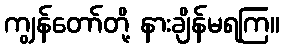
ကျွန်တော်တို့ နားချိန်မရကြ။